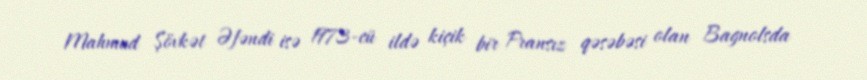
Mahmud Şövkət Əfəndi isə 1973-cü ildə kiçik bir Fransız qəsəbəsi olan Bagnolsda